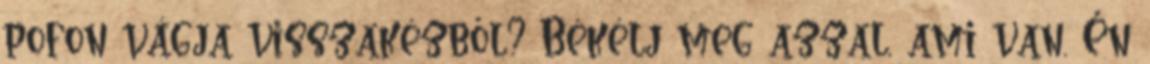
pofon vágja visszakézből? Békélj meg azzal, ami van. Én